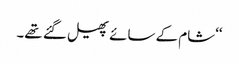
‘‘شام کے سائے پھیل گئے تھے۔